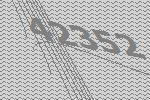
42352